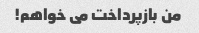
من بازپرداخت می خواهم!